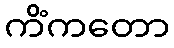
ကိံကတော